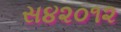
સ૪૨૦૧૨